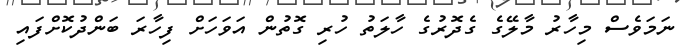
ނަމަވެސް މިހާރު މާލޭގެ ގެދޮރުގެ ހާލަތު ހުރި ގޮތުން އަވަހަށް ފިހާރަ ބަންދުކޮށްފައި